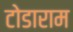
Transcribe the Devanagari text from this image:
टोडाराम